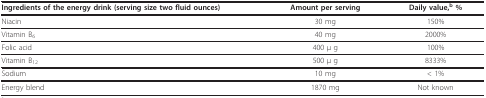
<table><thead><tr><td><b>Ingredients of the energy drink (serving size two fluid ounces)</b></td><td><b>Amount per serving</b></td><td><b>Daily value,<sup>b </sup>%</b></td></tr></thead><tbody><tr><td>Niacin</td><td>30 mg</td><td>150%</td></tr><tr><td>Vitamin B<sub>6</sub></td><td>40 mg</td><td>2000%</td></tr><tr><td>Folic acid</td><td>400 μ g</td><td>100%</td></tr><tr><td>Vitamin B<sub>12</sub></td><td>500 μ g</td><td>8333%</td></tr><tr><td>Sodium</td><td>10 mg</td><td>&lt; 1%</td></tr><tr><td>Energy blend</td><td>1870 mg</td><td>Not known</td></tr></tbody></table>